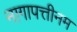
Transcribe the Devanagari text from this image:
नागापत्तीनम